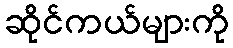
ဆိုင်ကယ်များကို